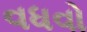
વધવો